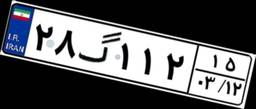
۲۸گ۱۱۲۱۵